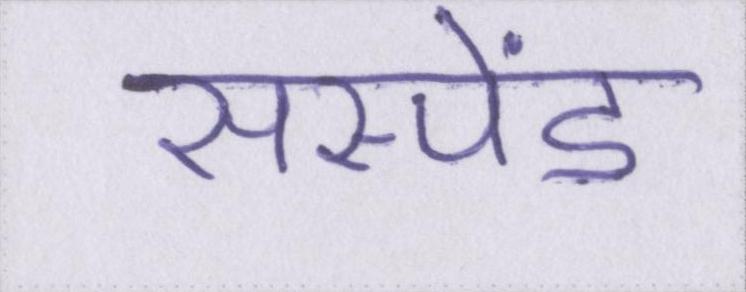
सस्पेंड